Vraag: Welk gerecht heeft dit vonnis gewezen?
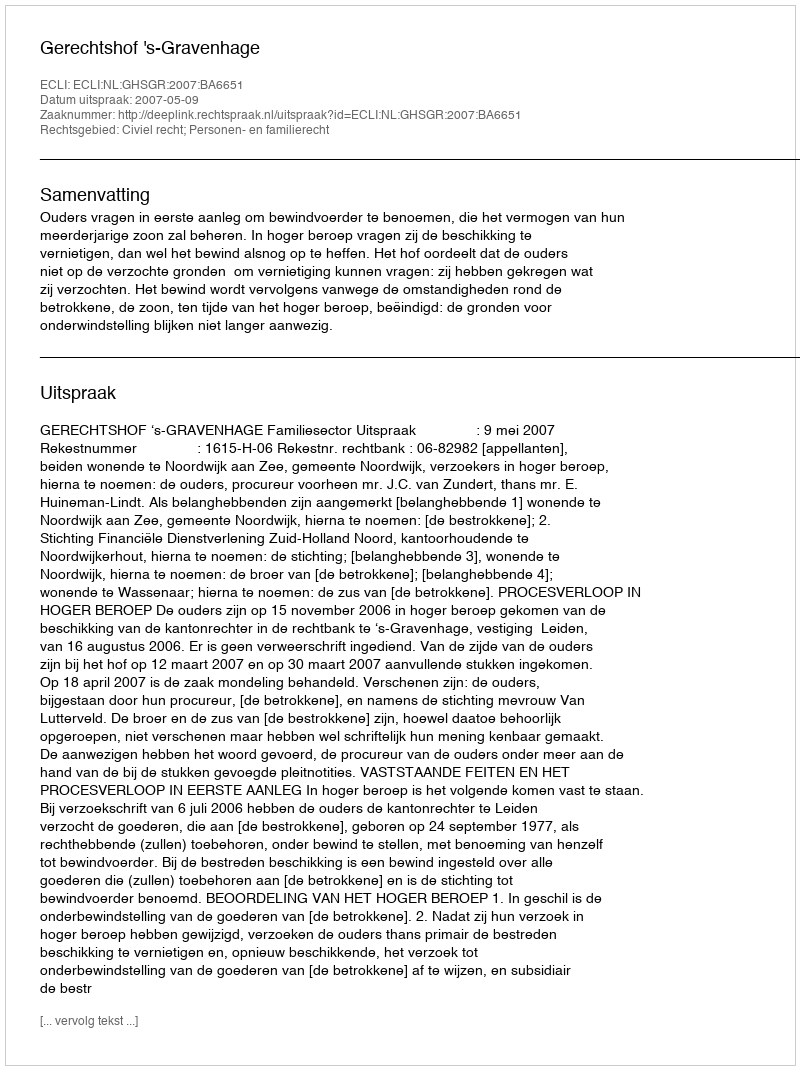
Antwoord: Gerechtshof 's-Gravenhage